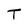
Character: T